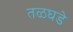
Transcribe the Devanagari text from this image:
तळघडे